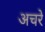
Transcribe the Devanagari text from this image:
अचरे